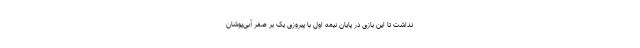
نداشت تا این بازی در پایان نیمه اول با پیروزی یک بر صفر آبی‌پوشان